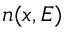
n ( x , E )